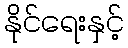
နိုင်ရေးနှင့်